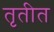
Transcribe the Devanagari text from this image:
तृतीत